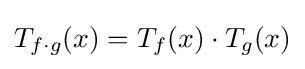
T_{f\cdot g}(x)=T_{f}(x)\cdot T_{g}(x)